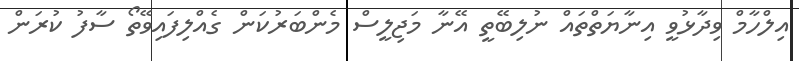
އިލްހާމް ވިދާޅުވީ އިނާޔަތްތައް ނުލިބޭތީ އޭނާ މަޖިލީސް މެންބަރުކަން ގެއްލިފައިވޭތޯ ސާފު ކުރަން